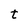
Character: t